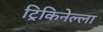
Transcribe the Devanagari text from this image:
ट्रिकिनेल्ला